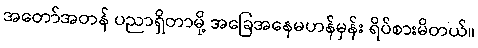
အတော်အတန် ပညာရှိတာမို့ အခြေအနေမဟန်မှန်း ရိပ်စားမိတယ်။